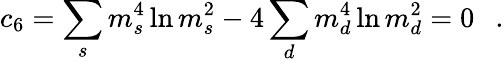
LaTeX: c_{6}=\sum_{s}m_{s}^{4}\ln m_{s}^{2}-4\sum_{d}m_{d}^{4}\ln m_{d}^{2}=0~~~.